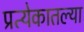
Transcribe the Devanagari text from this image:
प्रत्येकातल्या